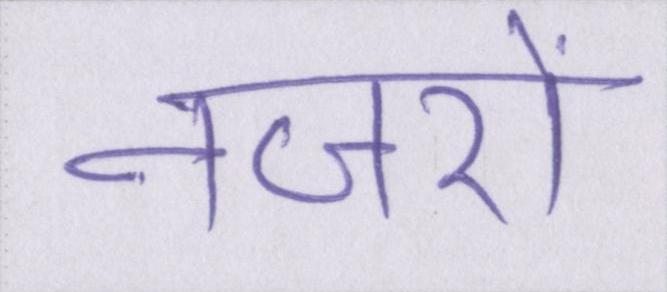
नजरों